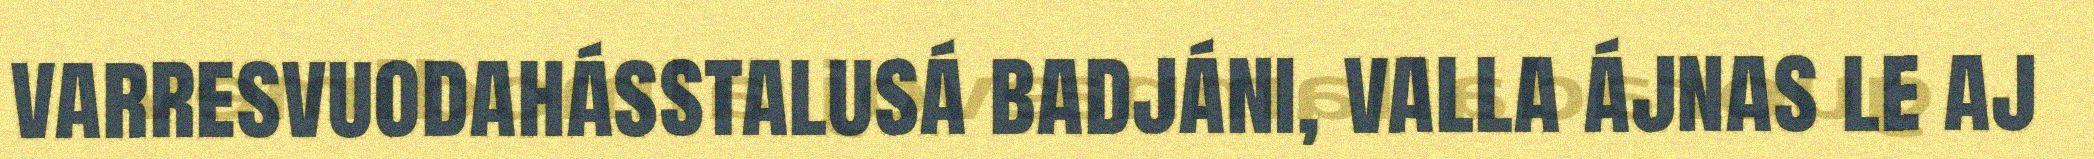
varresvuodahásstalusá badjáni, valla ájnas le aj